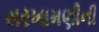
સરખામણીની